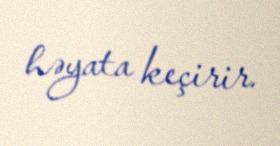
həyata keçirir.